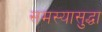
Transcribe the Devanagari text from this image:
समस्यासुद्धा